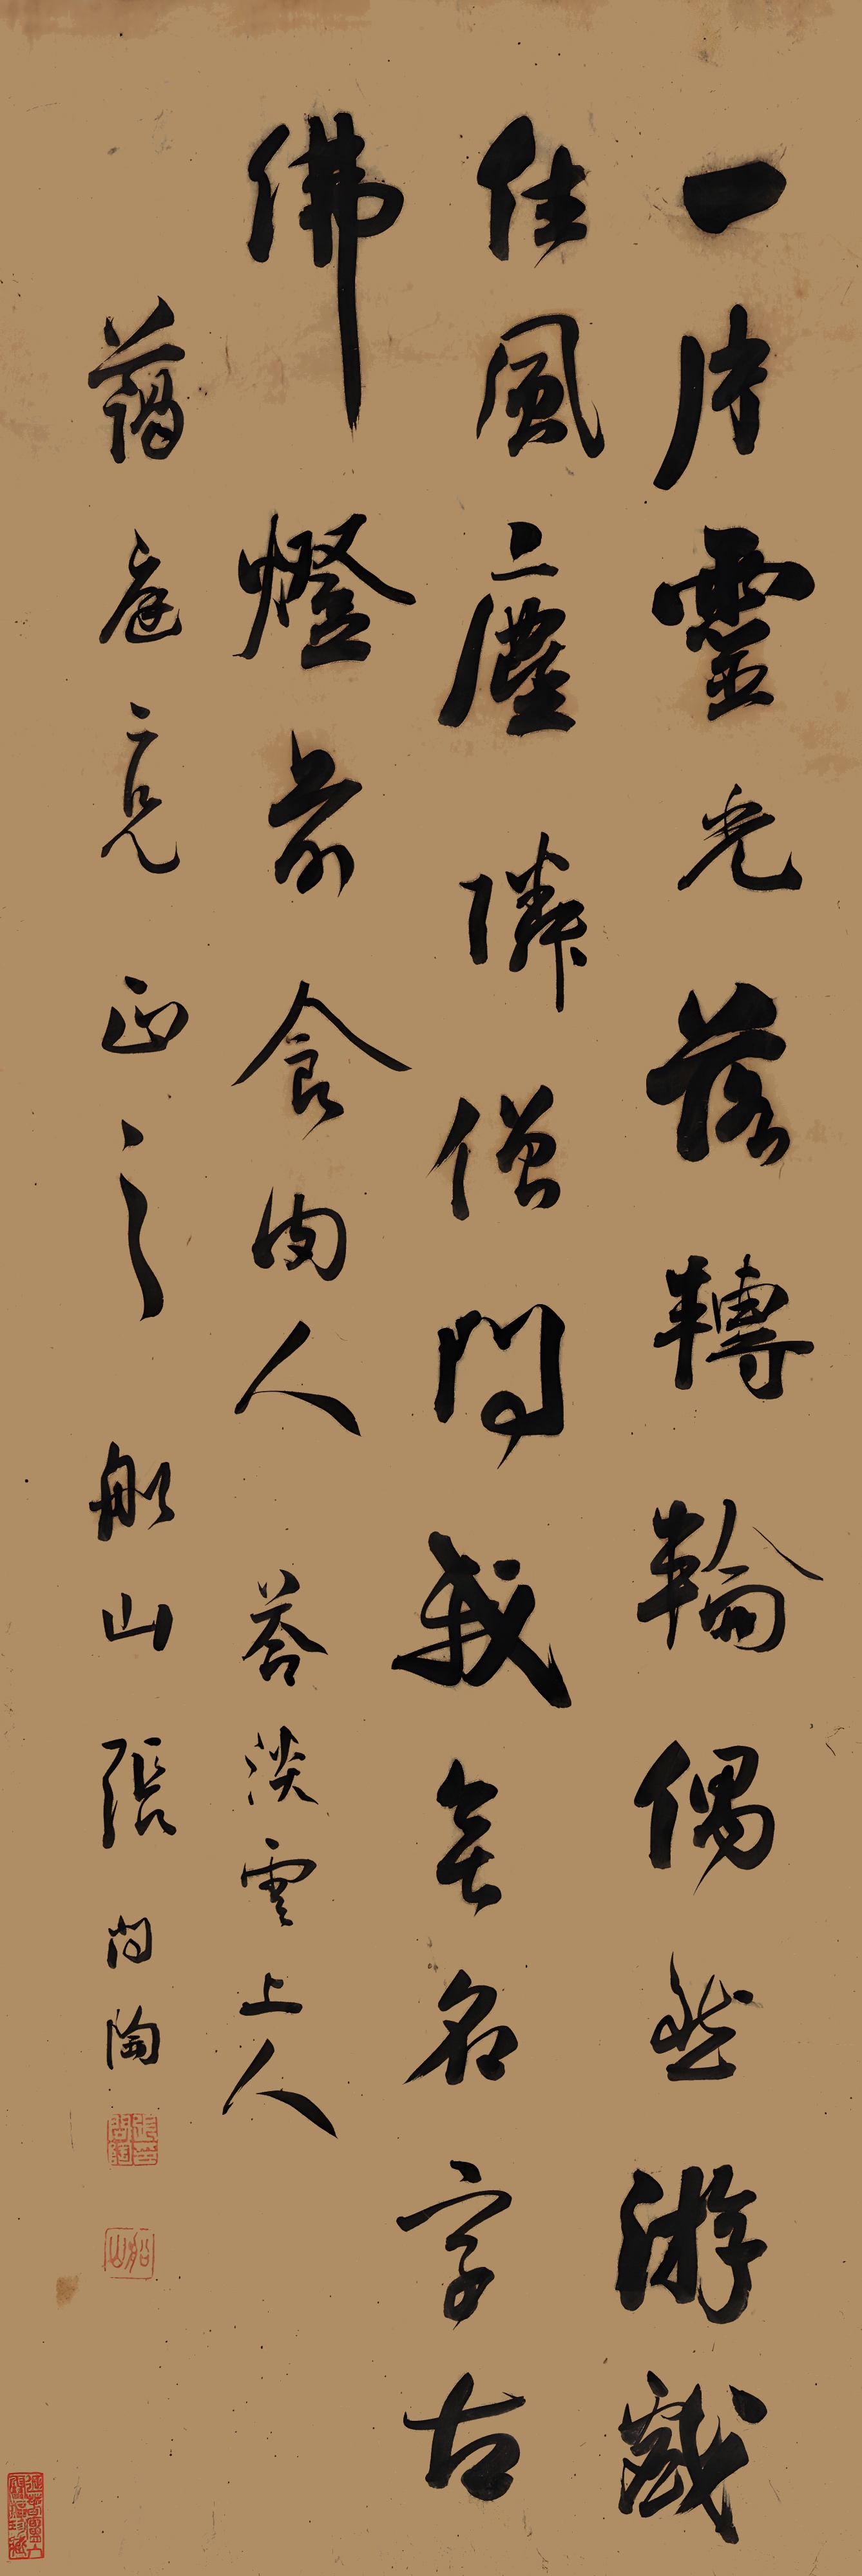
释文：一片灵光落转轮，偶然游戏住风尘。邻僧问我无名字，古佛灯前食肉人。答淡云上人。蔼庭二兄正之。船山张问陶。